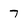
Character: 7